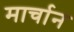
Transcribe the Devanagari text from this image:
मार्चान